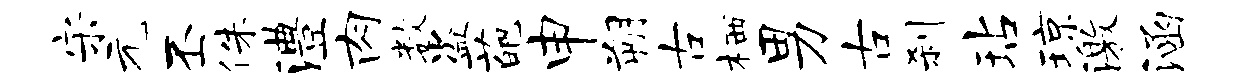
宋元丕侏澧肉数盗葩申朔古栖男古刹玷琼激涵